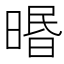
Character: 㬆